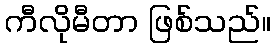
ကီလိုမီတာ ဖြစ်သည်။